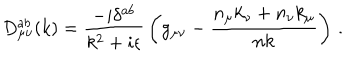
LaTeX: D _ { \mu \nu } ^ { a b } ( k ) = { \frac { - i \delta ^ { a b } } { k ^ { 2 } + i \epsilon } } \left( g _ { \mu \nu } - { \frac { n _ { \mu } k _ { \nu } + n _ { \nu } k _ { \mu } } { n k } } \right) \, .